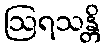
ဩရသန္တိ